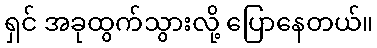
ရှင် အခုထွက်သွားလို့ ပြောနေတယ်။